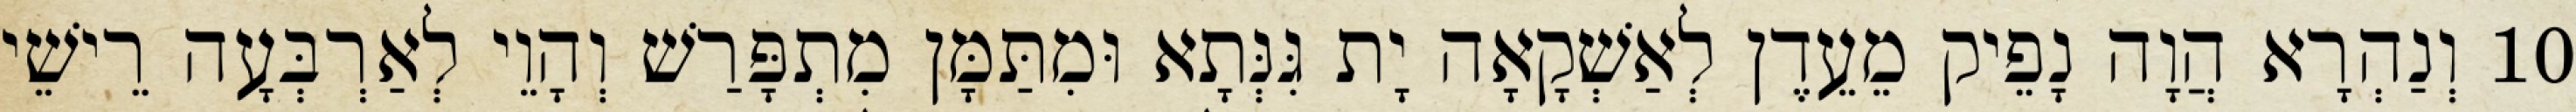
10 וְנַהְרָא הֲוָה נָפֵיק מֵעֵדֶן לְאַשְׁקָאָה יָת גִּנְּתָא וּמִתַּמָּן מִתְפָּרַשׁ וְהָוֵי לְאַרְבְּעָה רֵישֵׁי